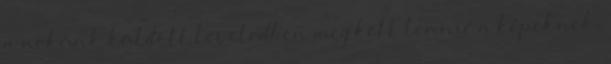
a nekünk küldött leveledben meg kell lennie a képeknek,